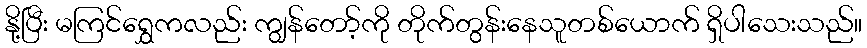
နို့ပြီး မကြင်ရွှေကလည်း ကျွန်တော့်ကို တိုက်တွန်းနေသူတစ်ယောက် ရှိပါသေးသည်။